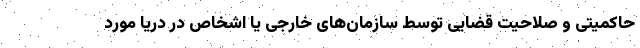
حاکمیتی و صلاحیت قضایی توسط سازمان‌های خارجی یا اشخاص در دریا مورد